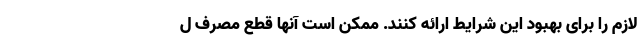
لازم را برای بهبود این شرایط ارائه کنند. ممکن است آنها قطع مصرف ل